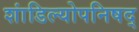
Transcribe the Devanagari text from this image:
शांडिल्योपनिषद्